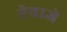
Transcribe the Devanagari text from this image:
नेवाजे